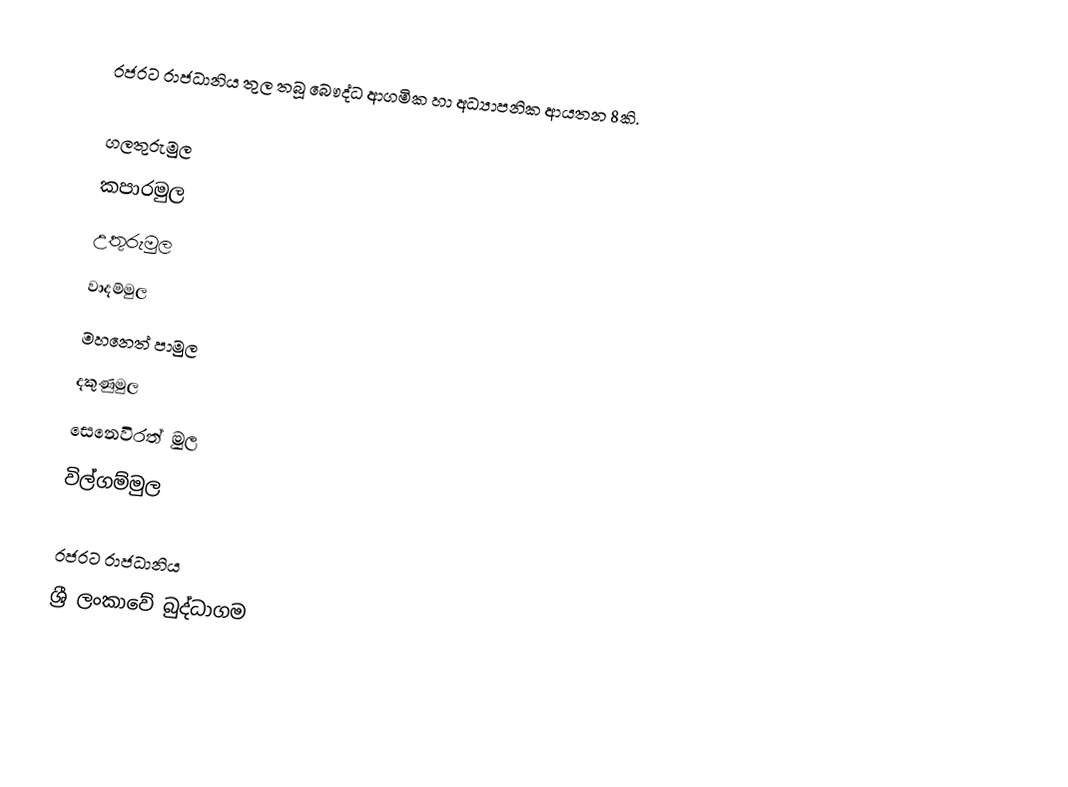
රජරට රාජධානිය තුල තබූ බෞද්ධ ආගමික හා අධ්‍යාපනික ආයතන 8කි.

 ගලතුරුමුල
 කපාරමුල
 උතුරුමුල
 වාදම්මුල
 මහනෙත් පාමුල
 දකුණුමුල
 සෙනෙවිරත් මුල
 විල්ගම්මුල

රජරට රාජධානිය
ශ්‍රී ලංකාවේ බුද්ධාගම